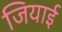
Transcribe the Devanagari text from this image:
जियाई